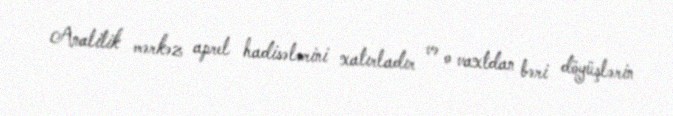
Analitik mərkəz aprel hadisələrini xatırladır və o vaxtdan bəri döyüşlərin